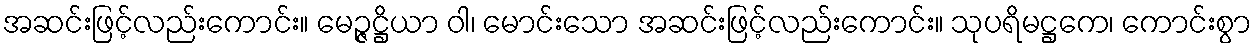
အဆင်းဖြင့်လည်းကောင်း။ မေဉ္ဇဋ္ဌိယာ ဝါ၊ မောင်းသော အဆင်းဖြင့်လည်းကောင်း။ သုပရိမဋ္ဌကေ၊ ကောင်းစွာ